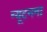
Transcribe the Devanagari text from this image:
न्यूटनना